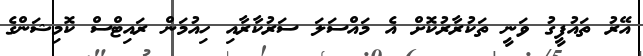
އޭރު ތައުފީގު ވަނީ ތަކުރާރުކޮށް އެ މައްސަލަ ސަރުކާރާއި ހިއުމަން ރައިޓްސް ކޮމިޝަންގެ